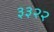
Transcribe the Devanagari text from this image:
३३२२